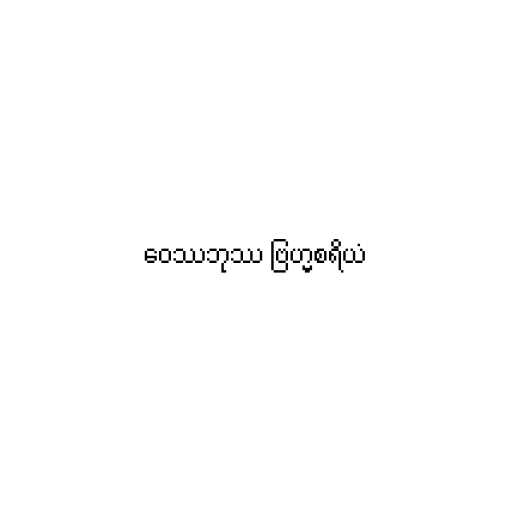
ဝေဿဘုဿ ဗြဟ္မစရိယံ